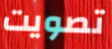
تصويت